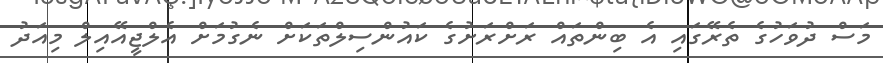
މަސް ދުވަހުގެ ތެރޭގައި އެ ބިންތައް ރަށްރަށުގެ ކައުންސިލްތަކަށް ނެގުމަށް އެލްޖީއޭއިލް މިއަދު